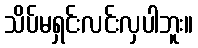
သိပ်မရှင်းလင်းလှပါဘူး။